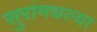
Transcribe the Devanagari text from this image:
सुरांमधल्या